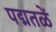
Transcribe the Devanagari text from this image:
पद्मतळें